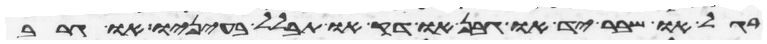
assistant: רגל או שבר יד או גבן או דק או תבלל בעיניו או גרב